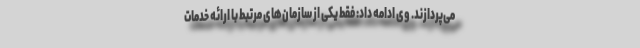
می‌پردازند. وی ادامه داد: فقط یکی از سازمان‌های مرتبط با ارائه خدمات